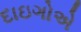
દાઇગોએ